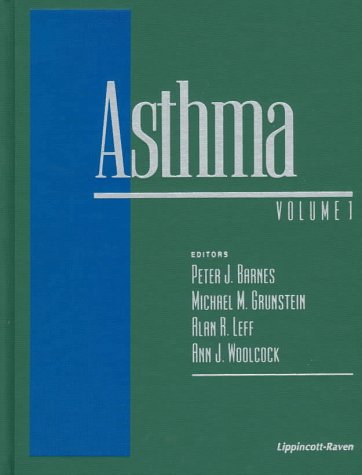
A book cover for Asthma; Peter J. Barnes; Health, Fitness & Dieting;